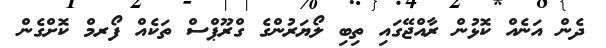
ދެން އަނެއް ކޮޅުން ރާއްޖޭގައި ތިބި ލޯޔަރުންގެ ގްރޫޕްސް ތަކެއް ފޯރމް ކޮށްގެން